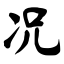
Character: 况